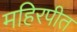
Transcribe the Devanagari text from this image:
महिरपीत